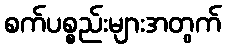
စက်ပစ္စည်းများအတွက်